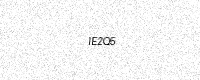
Text: IE2Q5